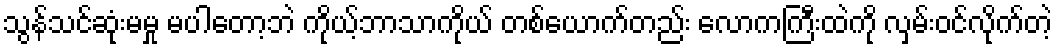
သွန်သင်ဆုံးမမှု မပါတော့ဘဲ ကိုယ့်ဘာသာကိုယ် တစ်ယောက်တည်း လောကကြီးထဲကို လှမ်းဝင်လိုက်တဲ့